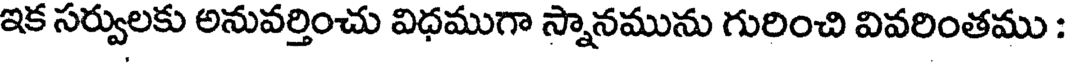
ఇక సర్వులకు అనువర్తించు విధముగా స్నానమును గురించి వివరింతము :